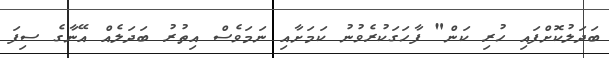
ބަދަލުކޮށްފައި ހުރި ކަން" ފާހަގަކުރެވުނު ކަމަށާއި ނަމަވެސް އިތުރު ބަދަލެއް އޭނާގެ ސިފަ